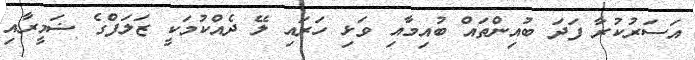
އަސަރުކުރާ ފަދަ ބުއިންތައް ބުއިމާއި ވަޅި ހަރައި ލޭ ދެއްކުމަކީ ޒަލަފްގެ ޟަމީރާއި